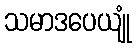
သမာဒပေယျုံ